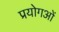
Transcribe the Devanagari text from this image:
प्रयोगओं